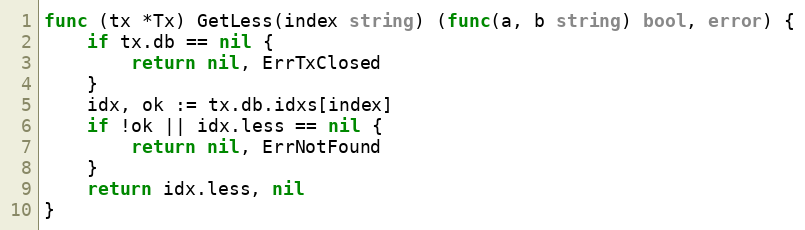
Language: Go
func (tx *Tx) GetLess(index string) (func(a, b string) bool, error) {
	if tx.db == nil {
		return nil, ErrTxClosed
	}
	idx, ok := tx.db.idxs[index]
	if !ok || idx.less == nil {
		return nil, ErrNotFound
	}
	return idx.less, nil
}